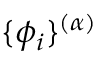
\{ \phi _ { i } \} ^ { ( \alpha ) }